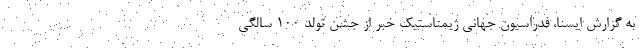
به گزارش ایسنا، فدراسیون جهانی ژیمناستیک خبر از جشن تولد ۱۰۰ سالگی